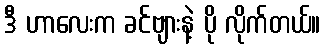
ဒီ ဟာလေးက ခင်ဗျားနဲ့ ပို လိုက်တယ်။